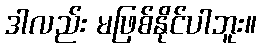
ဒါလည်း မဖြစ်နိုင်ပါဘူး။